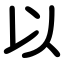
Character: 以